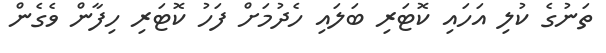
ތަނުގެ ކުލި އަހައި ކޮޓަރި ބަލައި ހެދުމަށް ފަހު ކޮޓަރި ހިފާން ވެގެން